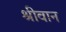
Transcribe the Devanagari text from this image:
श्रीवान